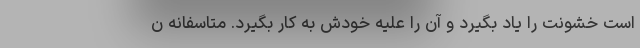
است خشونت را یاد بگیرد و آن را علیه خودش به کار بگیرد. متاسفانه ن